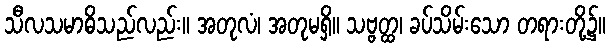
သီလသမာဓိသည်လည်း။ အတုလံ၊ အတုမရှိ။ သဗ္ဗတ္ထ၊ ခပ်သိမ်းသော တရားတို့၌။